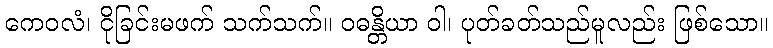
ကေဝလံ၊ ငိုခြင်းမဖက် သက်သက်။ ဝဓန္တိယာ ဝါ၊ ပုတ်ခတ်သည်မူလည်း ဖြစ်သော။